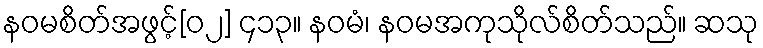
နဝမစိတ်အဖွင့်[၀၂] ၄၁၃။ နဝမံ၊ နဝမအကုသိုလ်စိတ်သည်။ ဆသု